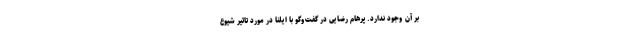
بر آن وجود ندارد. پرهام رضایی در گفت‌وگو با ایلنا در مورد تاثیر شیوع